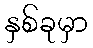
နှစ်ခုမှာ